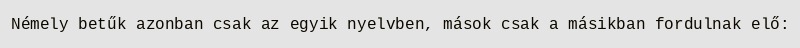
Némely betűk azonban csak az egyik nyelvben, mások csak a másikban fordulnak elő: